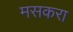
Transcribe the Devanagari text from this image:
मसकरा